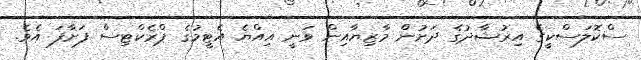
ސްކޮލަސްކީގެ އިރުޝާދުގެ ދަށުން މާޒިޔާއިން ވަނީ އިއްޔެ އެޓީމުގެ ޕްރެކްޓިސް ފަށާފަ އެވެ.